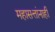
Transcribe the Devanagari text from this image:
महासत्तांनाही